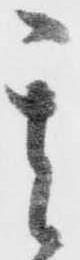
其